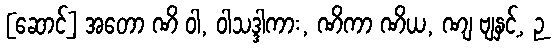
[ဆောင်] အတော ဏိ ဝါ, ဝါသဒ္ဒါကား, ဏိကာ ဏိယ, ဏျ ဗျနှင့်, ဉ